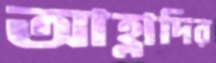
আহ্লাদির